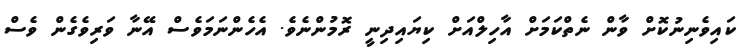
ކައިވެނިނުކޮށް ވާން ނެތްކަމަށް އާހިލްއަށް ކިޔައިދިނީ ރޮމުންނެވެ. އެހެންނަމަވެސް އޭނާ ވަރިވެގެން ވެސް